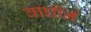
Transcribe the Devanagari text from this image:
वाघोर्न